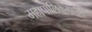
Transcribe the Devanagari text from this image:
महापालिकेमार्फत